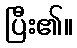
ပြီး၏။